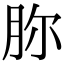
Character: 𦙳